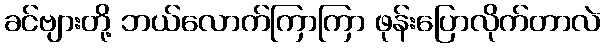
ခင်ဗျားတို့ ဘယ်လောက်ကြာကြာ ဖုန်းပြောလိုက်တာလဲ